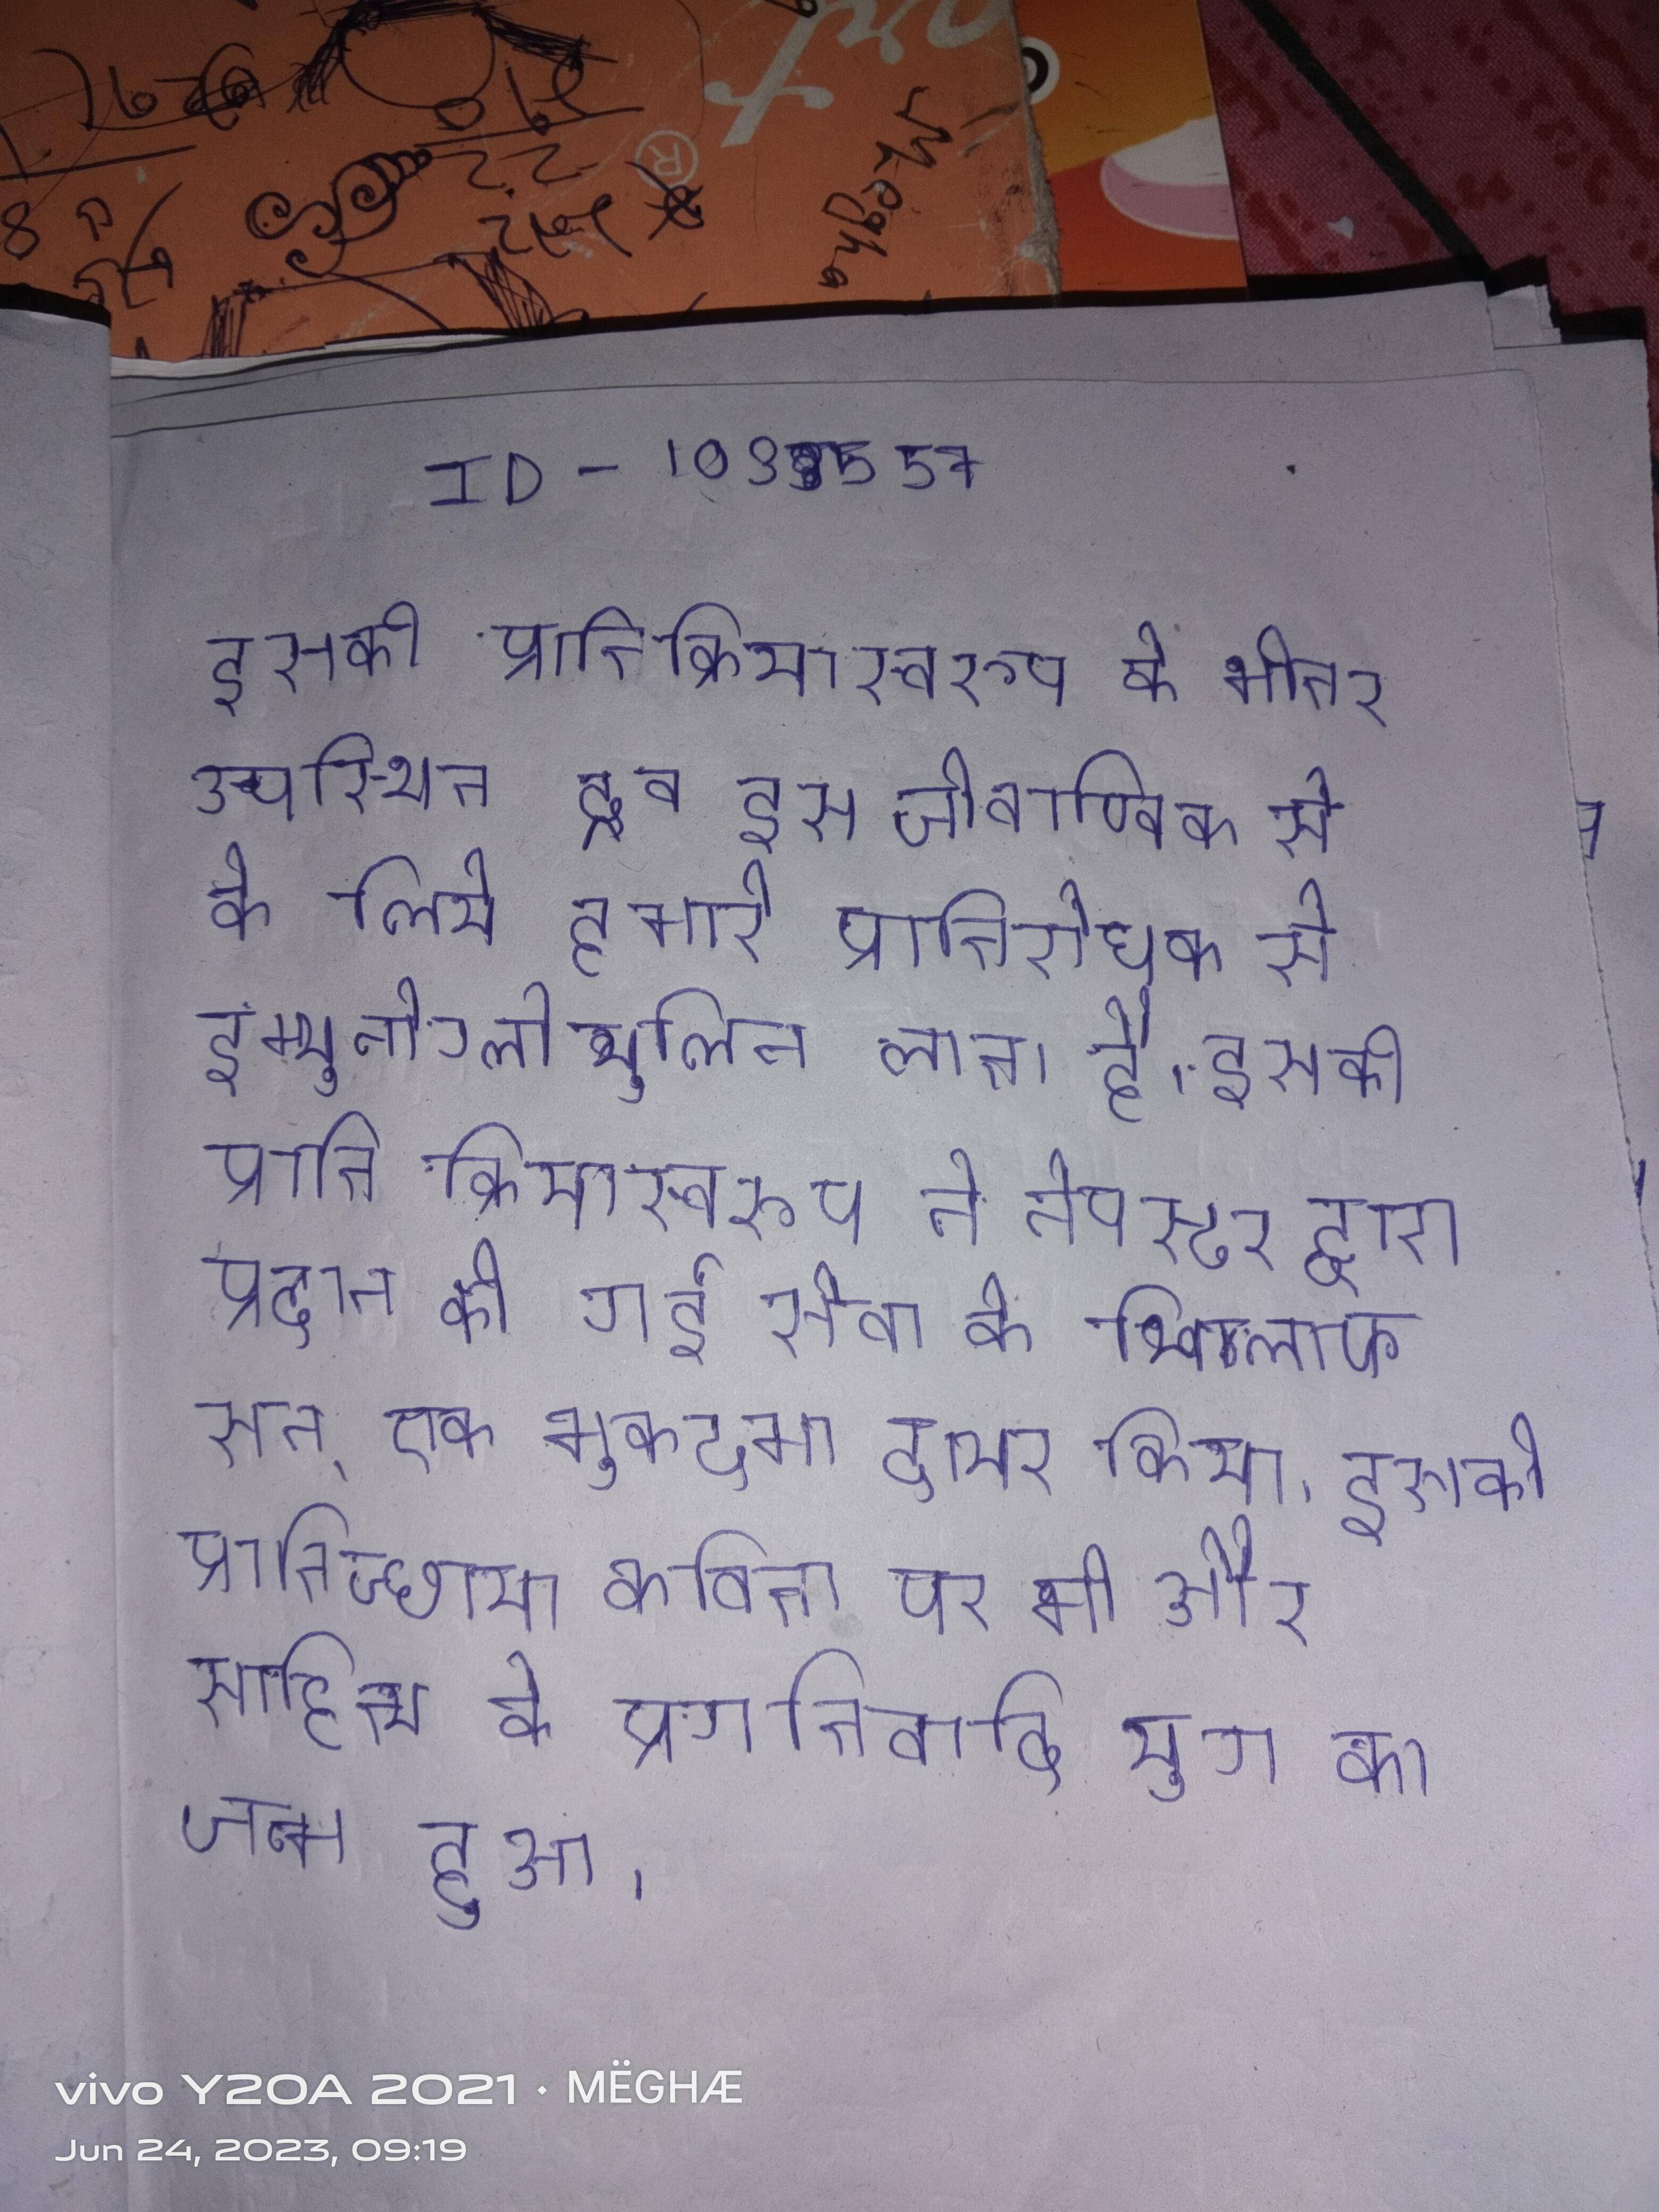
इसकी प्रतिक्रियास्वरूप, के भीतर उपस्थित द्रव इस जीवाण्विक से के लिये हमारे प्रतिरोधक से इम्युनोग्लोब्युलिन लाता है । इसकी प्रतिक्रियास्वरूप ने नैपस्टर द्वारा प्रदान की गई सेवा के खिलाफ सन् एक मुकदमा दायर किया । इसकी प्रतिच्छाया कविता पर भी और साहित्य के प्रगतिवादी युग का जन्म हुआ ।